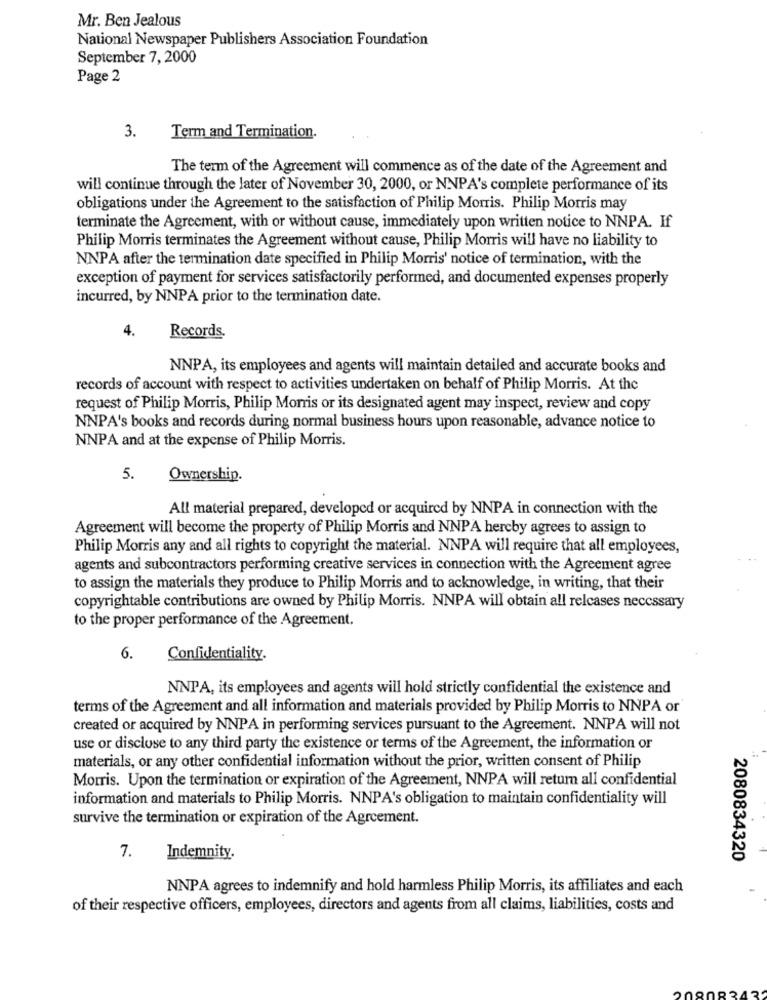
Mr. Ben Jealous
National Newspaper Publishers Association Foundation
September 7, 2000
Page 2
3.
Term and Termination.
The term of the Agreement will commence as of the date of the Agreement and
will continue through the later of November 30, 2000, or NNPA's complete performance of its
obligations under the Agreement to the satisfaction of Philip Morris. Philip Morris may
terminate the Agreement, with or without cause, immediately upon written notice to NNPA. If
Philip Morris terminates the Agreement without cause, Philip Morris will have no liability to
NNPA after the termination date specified in Philip Morris' notice of termination, with the
exception of payment for services satisfactorily performed, and documented expenses properly
incurred, by NNPA prior to the termination date.
4.
Records.
NNPA, its employees and agents will maintain detailed and accurate books and
records of account with respect to activities undertaken on behalf of Philip Morris. At the
request of Philip Morris, Philip Morris or its designated agent may inspect, review and copy
NNPA's books and records during normal business hours upon reasonable, advance notice to
NNPA and at the expense of Philip Morris.
5.
Ownership.
All material prepared, developed or acquired by NNPA in connection with the
Agreement will become the property of Philip Morris and NNPA hereby agrees to assign to
Philip Morris any and all rights to copyright the material. NNPA will require that all employees,
agents and subcontractors performing creative services in connection with the Agreement agree
to assign the materials they produce to Philip Morris and to acknowledge, in writing, that their
copyrightable contributions are owned by Philip Morris. NNPA will obtain all relcases necessary
to the proper performance of the Agreement.
6.
Confidentiality.
NNPA, its employees and agents will hold strictly confidential the existence and
terms of the Agreement and all information and materials provided by Philip Morris to NNPA or
created or acquired by NNPA in performing services pursuant to the Agreement. NNPA will not
use or disclose to any third party the existence or terms of the Agreement, the information or
materials, or any other confidential information without the prior, written consent of Philip
Morris. Upon the termination or expiration of the Agreement, NNPA will return all confidential
information and materials to Philip Morris. NNPA's obligation to maintain confidentiality will
survive the termination or expiration of the Agreement.
7.
Indemnity.
2080834320
NNPA agrees to indemnify and hold harmless Philip Morris, its affiliates and each
of their respective officers, employees, directors and agents from all claims, liabilities, costs and